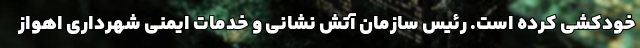
خودکشی کرده است. رئیس سازمان آتش نشانی و خدمات ایمنی شهرداری اهواز